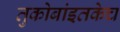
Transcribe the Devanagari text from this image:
तुकोबांइतकेच